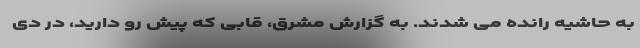
به حاشیه رانده می شدند. به گزارش مشرق، قابی که پیش رو دارید، در دی